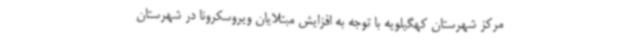
مرکز شهرستان کهگیلویه با توجه به افزایش مبتلایان ویروسکرونا در شهرستان